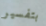
بتفسير